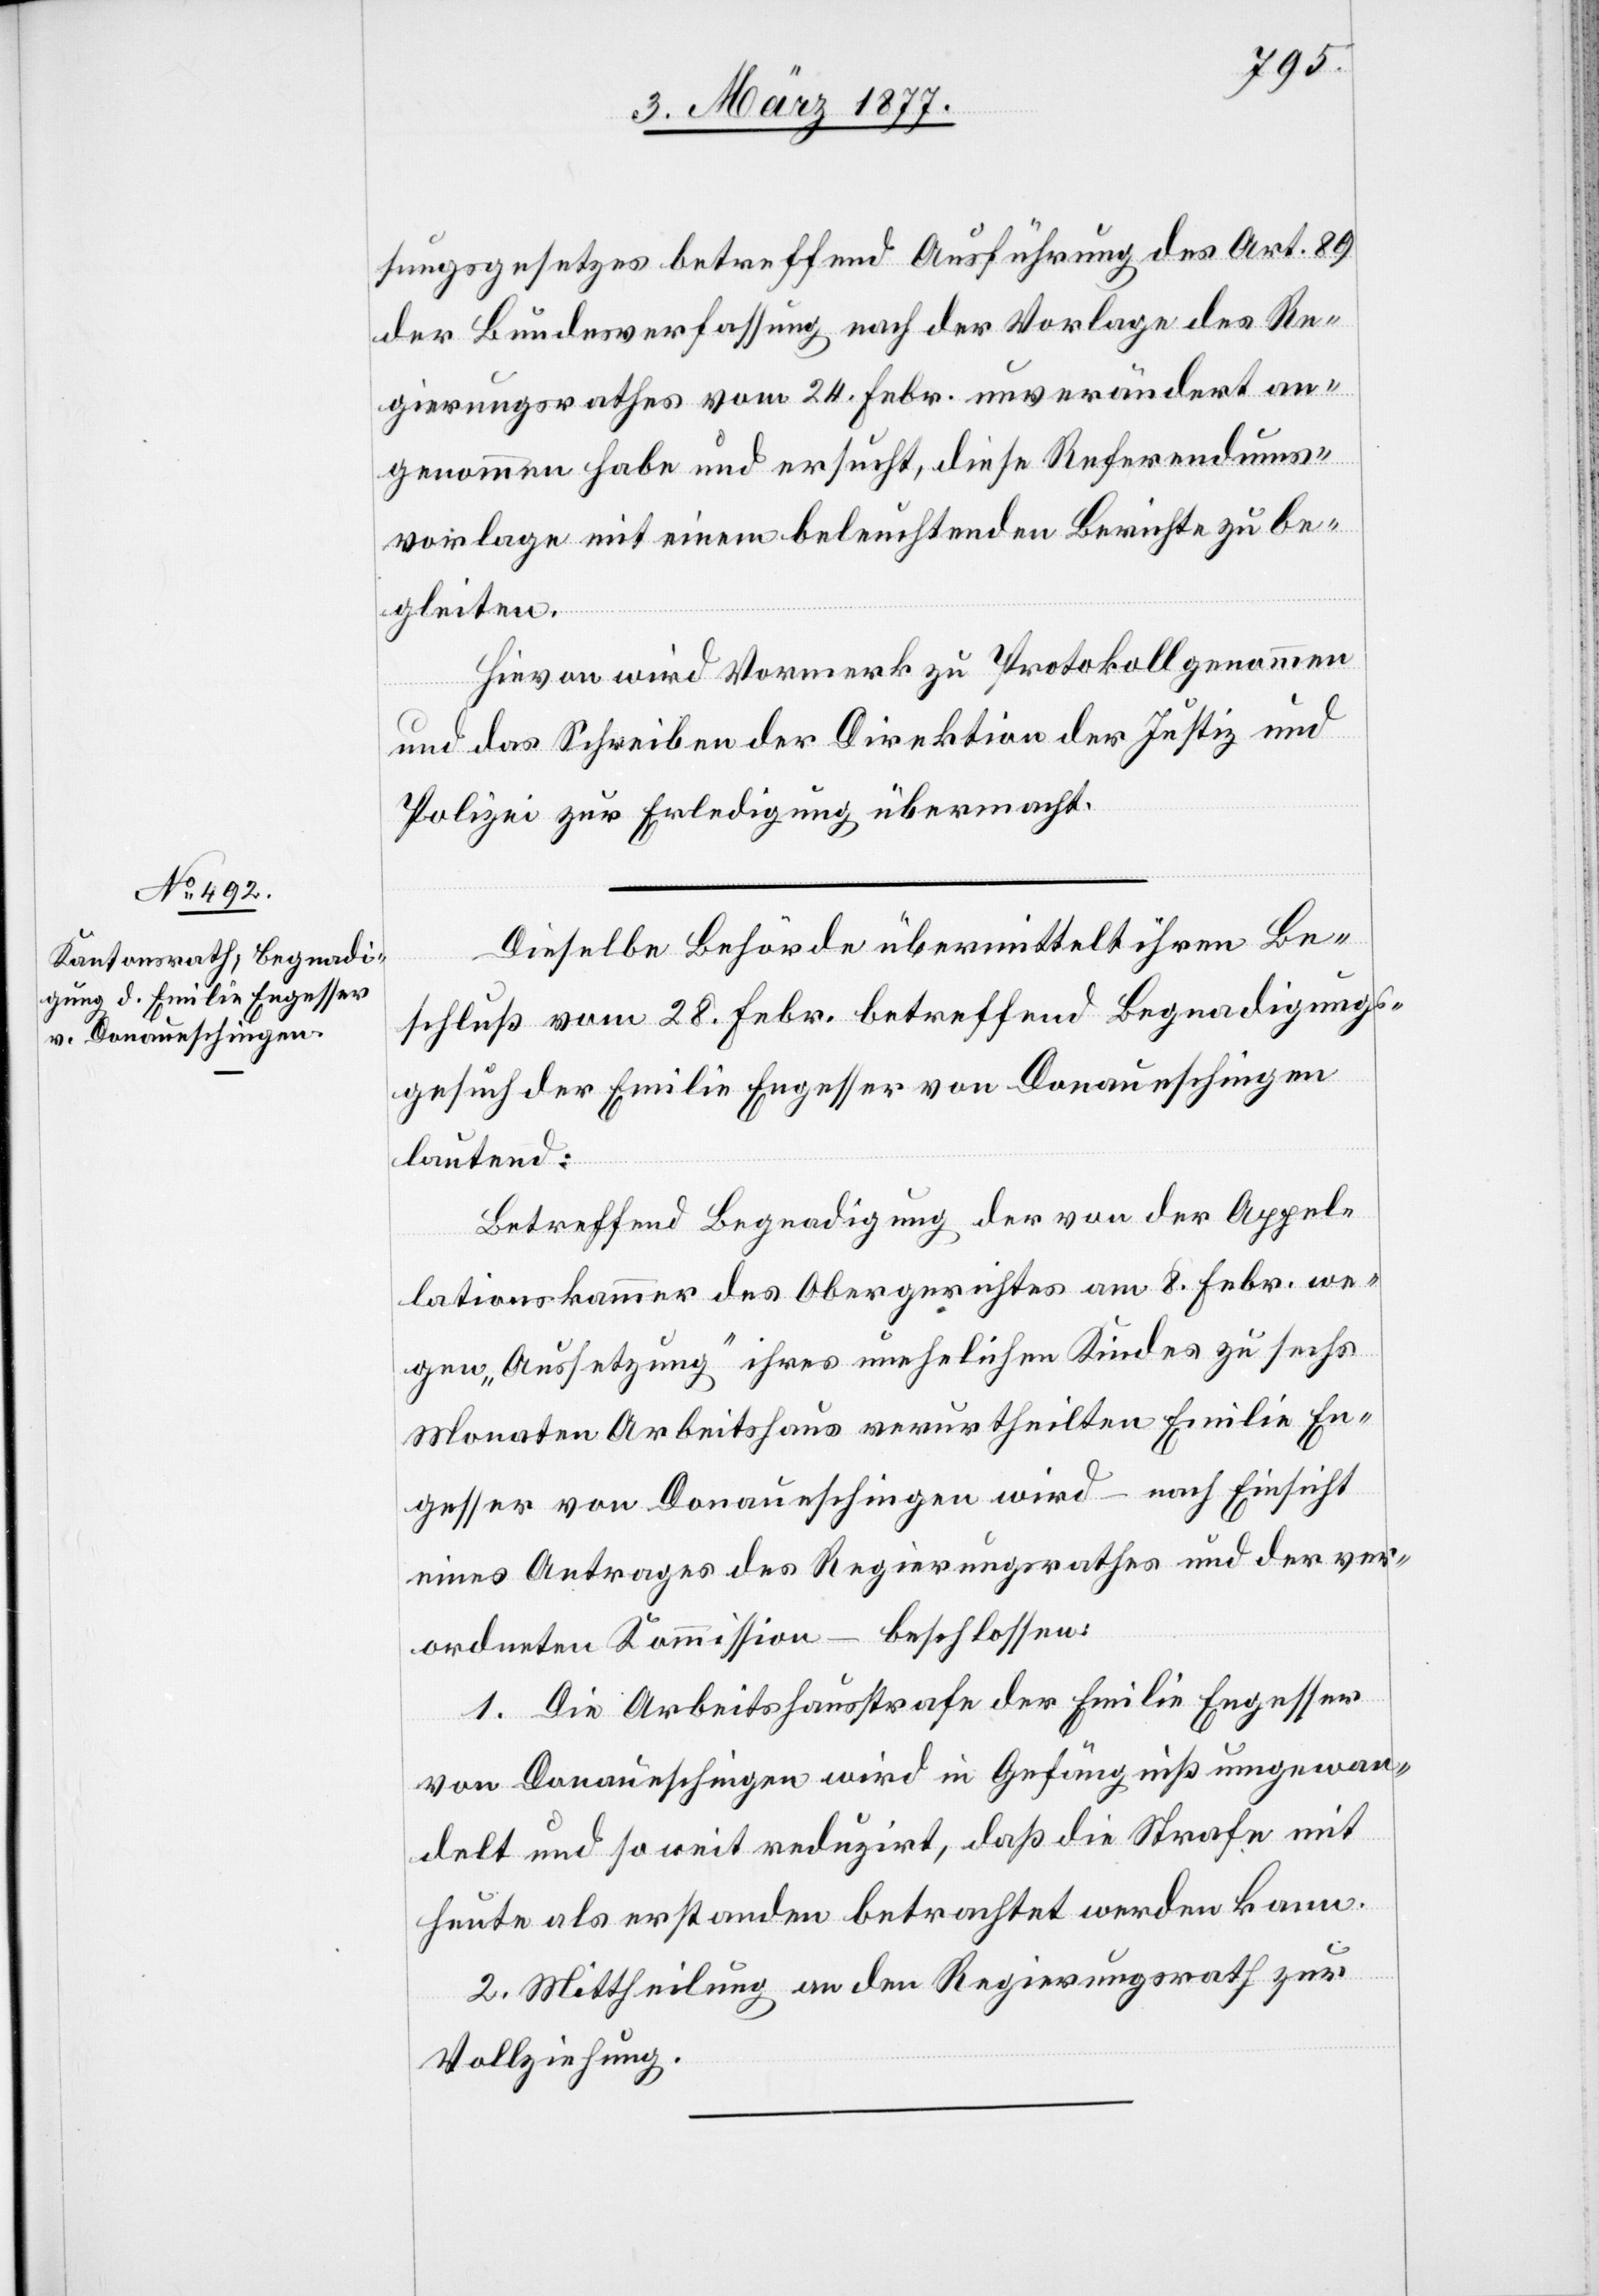
sungsgesetzes betreffend Ausführung des Art. 89
der Bundesverfassung nach der Vorlage des Re¬
gierungsrathes vom 24. Febr. unverändert an¬
genommen habe und ersucht, diese Referendums¬
vorlage mit einem beleuchtenden Berichte zu be¬
gleiten.
Hievon wird Vormerk zu Protokoll genommen
und das Schreiben der Direktion der Justiz und
Polizei zur Erledigung übermacht.
Dieselbe Behörde übermittelt ihren Be¬
schluß vom 28. Febr. betreffend Begnadigungs¬
gesuch der Emilie Engesser von Donaueschingen
lautend:
Betreffend Begnadigung der von der Appel¬
lationskammer des Obergerichtes am 8. Febr. we¬
gen „Aussetzung“ ihres unehelichen Kindes zu sechs
Monaten Arbeitshaus verurtheilten Emilie En¬
gesser von Donaueschingen wird – nach Einsicht
eines Antrages des Regierungsrathes und der ver¬
ordneten Kommission – beschlossen:
1. Die Arbeitshausstrafe der Emilie Engesser
von Donaueschingen wird in Gefängniß umgewan¬
delt und so weit reduzirt, daß die Strafe mit
heute als erstanden betrachtet werden kann.
2. Mittheilung an den Regierungsrath zur
Vollziehung.